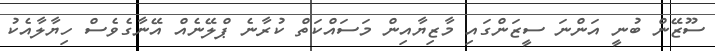
ސޫޒޭން ބުނީ އަންނަ ސީޒަންގައި މާޒިޔާއިން މަސައްކަތް ކުރާނެ ޕްލޭނެއް އޭނާގެވެސް ހިޔާލާއެކު